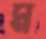
ম